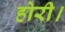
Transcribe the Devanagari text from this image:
होरी।